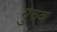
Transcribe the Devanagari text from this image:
गुरुव